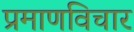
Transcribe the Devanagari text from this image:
प्रमाणविचार